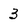
Character: 3